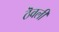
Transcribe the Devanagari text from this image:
ठॆवली